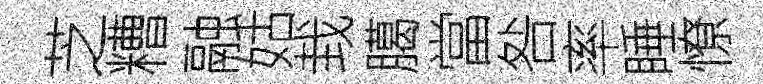
芝糟融姑㘽臈當咎率睡憭